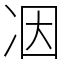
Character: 𠗃